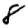
Digit: 8